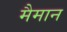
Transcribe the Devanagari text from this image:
मैमान